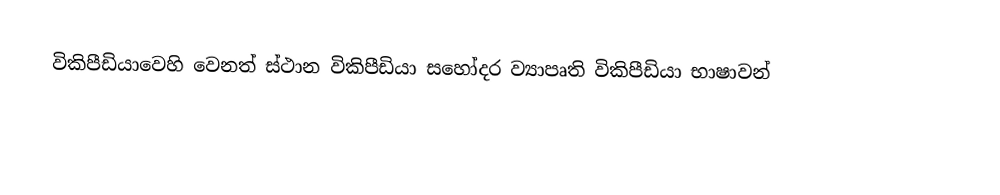
විකිපීඩියාවෙහි වෙනත් ස්ථාන  විකිපීඩියා සහෝදර ව්‍යාපෘති  විකිපීඩියා භාෂාවන්